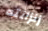
زنزانته